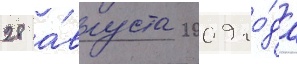
28 а́вгуста 2009 го́да